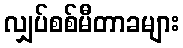
လျှပ်စစ်မီတာခများ